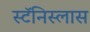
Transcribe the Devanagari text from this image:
स्टॅनिस्लास